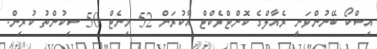
އިސްކޯ ބޭނުންވަނީ ރެއާލްގެ ކޮންޓްރެކްޓް އާކުރަން 52 މިނެޓް 50 ސިކުންތު ކުރިން.